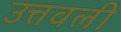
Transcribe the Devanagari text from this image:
उत्तवली